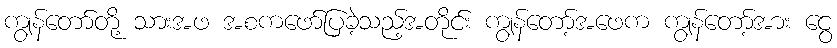
ကျွန်တော်တို့ သားအဖ အစကဖော်ပြခဲ့သည့်အတိုင်း ကျွန်တော့်အဖေက ကျွန်တော့်အား ငွေ